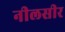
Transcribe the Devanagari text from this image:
नीलसीर